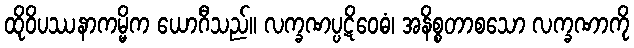
ထိုဝိပဿနာကမ္မိက ယောဂီသည်။ လက္ခဏပ္ပဋိဝေဓံ၊ အနိစ္စတာစသော လက္ခဏာကို